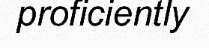
proficiently